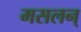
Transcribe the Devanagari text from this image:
मसलन्